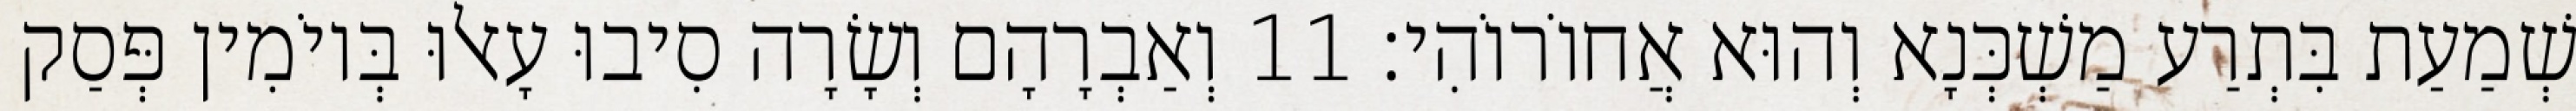
שְׁמַעַת בִּתְרַע מַשְׁכְּנָא וְהוּא אֲחוֹרוֹהִי׃ 11 וְאַבְרָהָם וְשָׂרָה סִיבוּ עָאלוּ בְּיוֹמִין פְּסַק